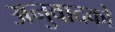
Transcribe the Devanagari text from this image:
अनुवादको